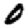
Digit: 0